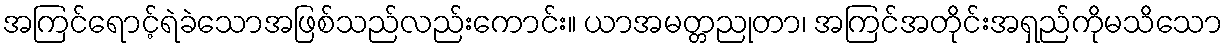
အကြင်ရောင့်ရဲခဲသောအဖြစ်သည်လည်းကောင်း။ ယာအမတ္တညုတာ၊ အကြင်အတိုင်းအရှည်ကိုမသိသော